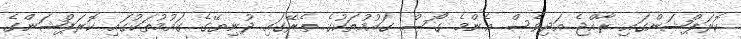
ކޮރަޕްޝަންގައި ރާއްޖެ އަދިވެސް އެންމެ ގޯސް ގައުމުތަކުގެ ތެރޭގައި ދުނިޔޭގެ ގައުމުތަކުގައި ކޮރަޕްޝަންގެ